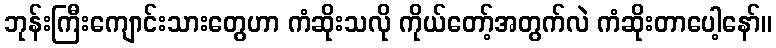
ဘုန်းကြီးကျောင်းသားတွေဟာ ကံဆိုးသလို ကိုယ်တော့်အတွက်လဲ ကံဆိုးတာပေါ့နော်။